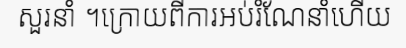
សួរនាំ ។ក្រោយពីការអប់រំណែនាំហើយ